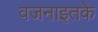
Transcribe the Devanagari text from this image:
वजनाइतके